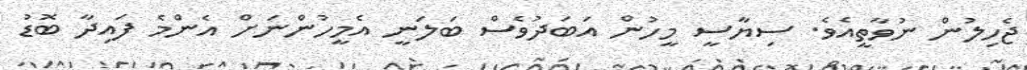
ޖެހިލުން ނުވާތީއެވެ. ސިޔާސީ މީހުން އަބަދުވެސް ބަލަނީ އެމީހުންނަށް އެންމެ ފައިދާ ބޮޑު